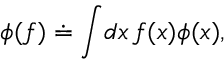
\phi ( f ) \doteq \int \! d x \, f ( x ) \phi ( x ) ,